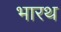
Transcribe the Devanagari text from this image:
भारथ